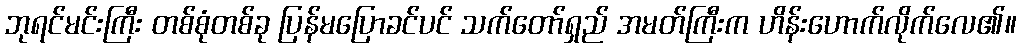
ဘုရင်မင်းကြီး တစ်စုံတစ်ခု ပြန်မပြောခင်ပင် သက်တော်ရှည် အမတ်ကြီးက ဟိန်းဟောက်လိုက်လေ၏။